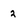
Character: 2